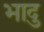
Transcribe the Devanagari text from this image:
भादु